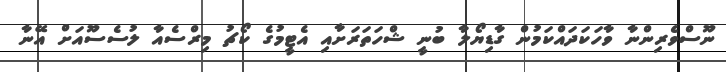
ނޫސްވެރިންނާ ވާހަކަދައްކަމުން ގާޑިޔޯލާ ބުނީ ޝްހަތަރަށާއި އެޓީމުގެ ކޯޗު މިރްސެއާ ލުސެސޫއަށް އޭނާ